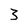
Character: 3